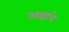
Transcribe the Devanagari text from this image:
अक्षाचे